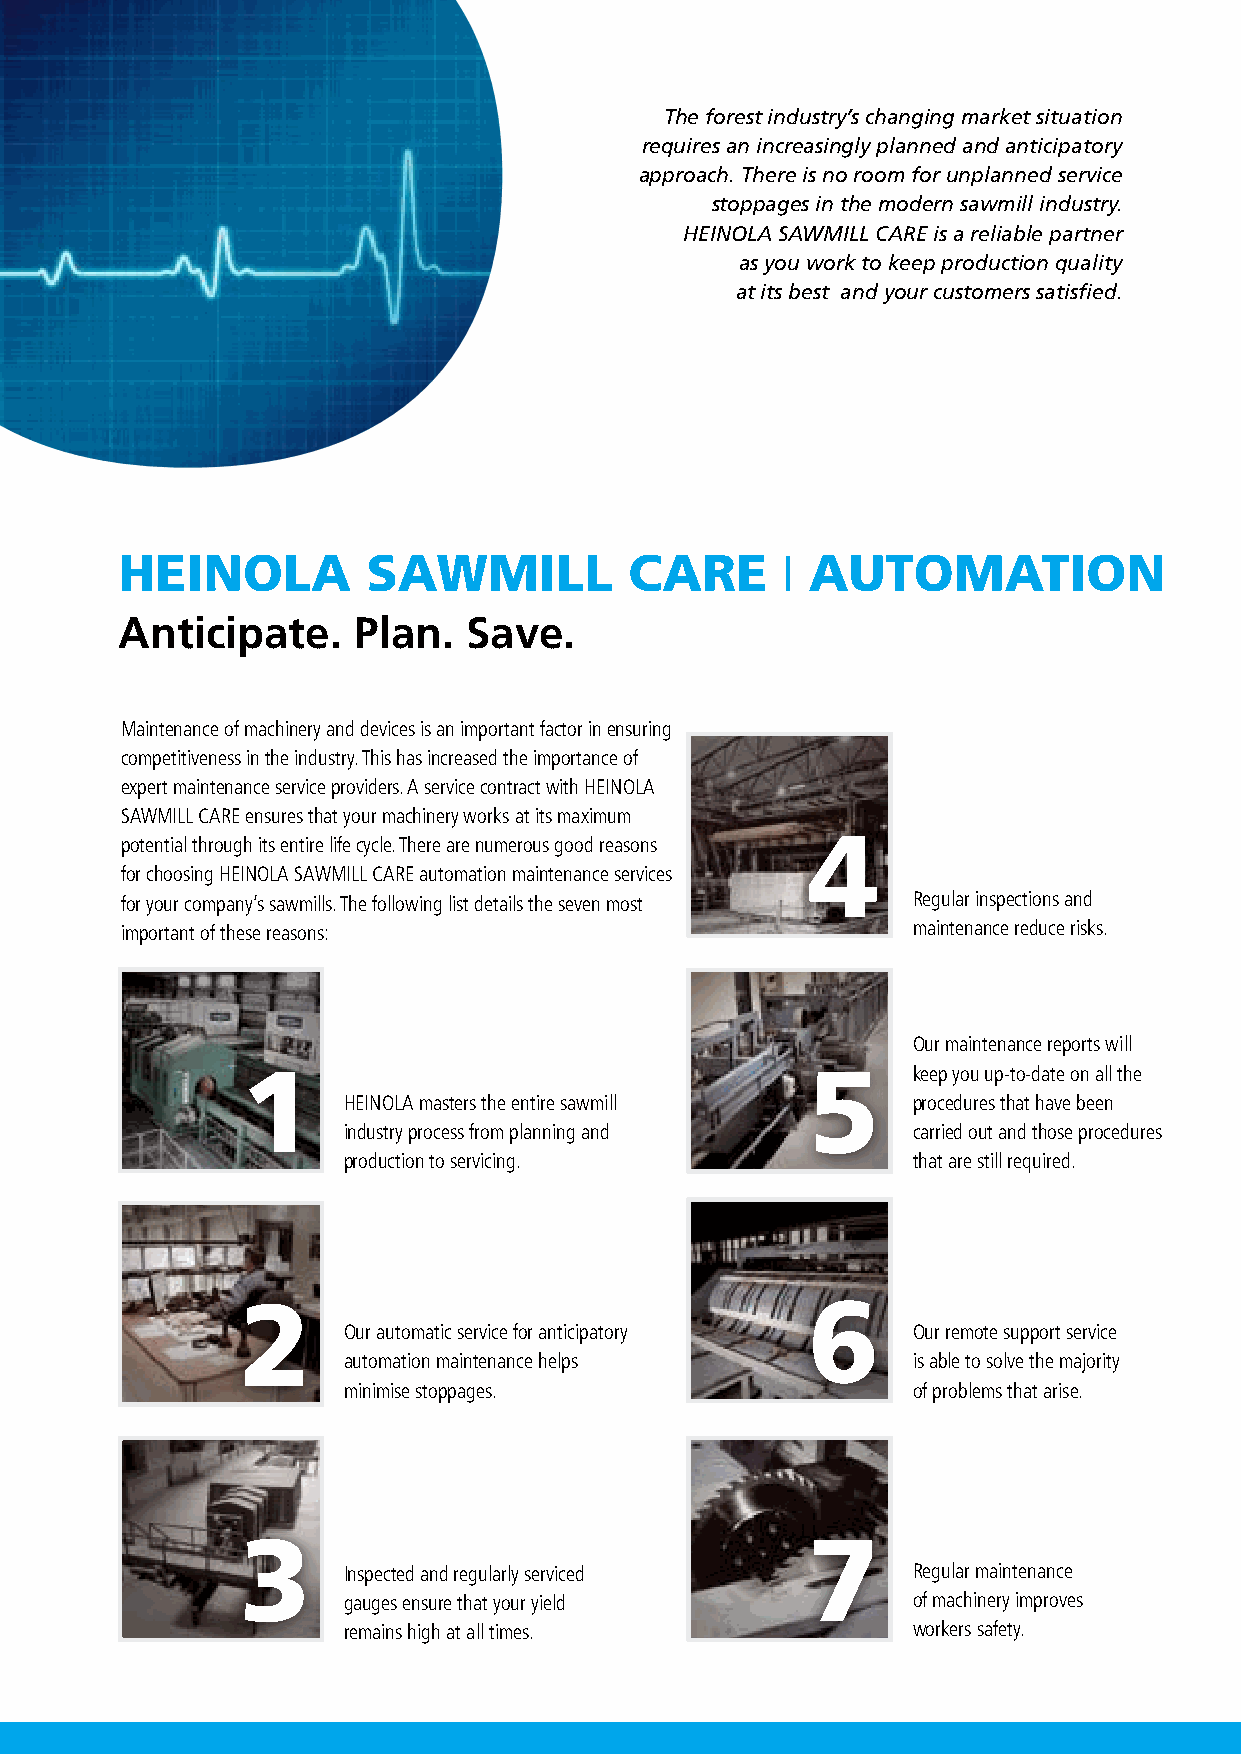
The forest industry’s changing market situation
 requires an increasingly planned and anticipatory
 approach. There is no room for unplanned service
 stoppages in the modern sawmill industry.
 HEINOLA SAWMILL CARE is a reliable partner
 as you work to keep production quality
 at its best and your customers satisfied.
 HEINOLA         SAWMILL           CARE        AUTOMATION
 |
 Anticipate.    Plan.   Save.
 Maintenance of machinery and devices is an important factor in ensuring
 competitiveness in the industry. This has increased the importance of
 expert maintenance service providers. A service contract with HEINOLA
 SAWMILL CARE ensures that your machinery works at its maximum
 4
 potential through its entire life cycle. There are numerous good reasons
 for choosing HEINOLA SAWMILL CARE automation maintenance services
 for your company’s sawmills. The following list details the seven most Regular inspections and
 important of these reasons:                         maintenance reduce risks.
 Our maintenance reports will
 1                                    5      keep you up-to-date on all the
 HEINOLA masters the entire sawmill   procedures that have been
 industry process from planning and   carried out and those procedures
 production to servicing.             that are still required.
 2                                    6
 Our automatic service for anticipatory Our remote support service
 automation maintenance helps         is able to solve the majority
 minimise stoppages.                  of problems that arise.
 3                                    7
 Inspected and regularly serviced     Regular maintenance
 gauges ensure that your yield        of machinery improves
 remains high at all times.           workers safety.